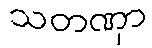
သတဏှာ